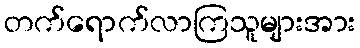
တက်ရောက်လာကြသူများအား